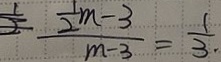
\frac { \frac { 1 } { 2 } m - 3 } { m - 3 } = \frac { 1 } { 3 }